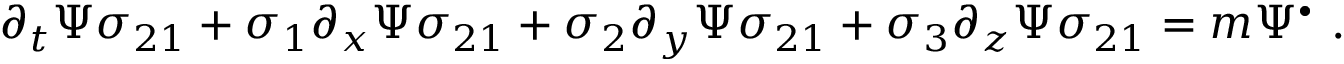
\partial _ { t } \Psi \sigma _ { 2 1 } + \sigma _ { 1 } \partial _ { x } \Psi \sigma _ { 2 1 } + \sigma _ { 2 } \partial _ { y } \Psi \sigma _ { 2 1 } + \sigma _ { 3 } \partial _ { z } \Psi \sigma _ { 2 1 } = m \Psi ^ { \bullet } ~ .